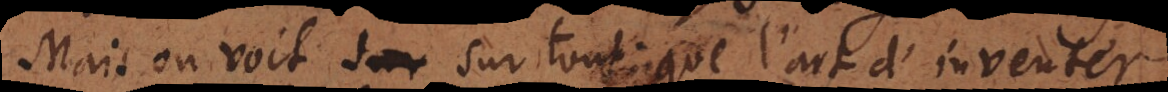
Mais on voit sur tout, que l’art d’inventer